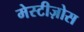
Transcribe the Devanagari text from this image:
मेस्टीज़ोस